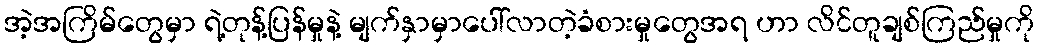
အဲ့အကြိမ်တွေမှာ ရဲ့တုန့်ပြန်မှုနဲ့ မျက်နှာမှာပေါ်လာတဲ့ခံစားမှုတွေအရ ဟာ လိင်တူချစ်ကြည်မှုကို